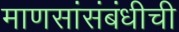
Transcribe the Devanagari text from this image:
माणसांसंबंधीची